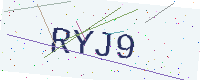
Text: RYJ9